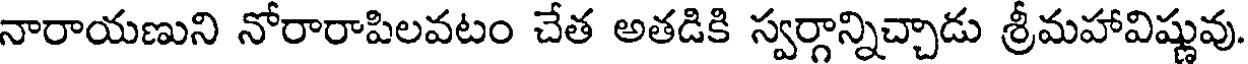
నారాయణుని నోరారాపిలవటం చేత అతడికి స్వర్గాన్నిచ్చాడు శ్రీమహావిష్ణువు.